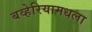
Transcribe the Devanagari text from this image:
बव्हेरियामधला